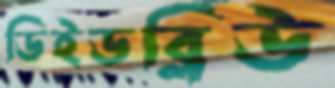
ডিইডব্লিউ